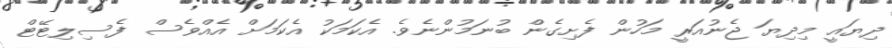
ދިޔައީ މިދިޔަ ޖެނުއަރީ މަހުން ފެށިގެން ބުނަމުންނެވެ. އެކަމަކު އެކަމަށް އެއްވެސް ފެސިލިޓޭޓް